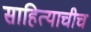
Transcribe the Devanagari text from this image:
साहित्याचीच